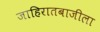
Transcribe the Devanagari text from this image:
जाहिरातबाजीला